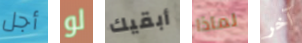
أجل لو أبقيك لماذا آخر